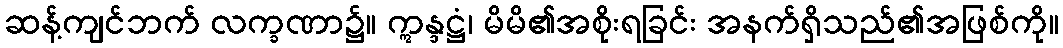
ဆန့်ကျင်ဘက် လက္ခဏာ၌။ ဣန္ဒဋ္ဌံ၊ မိမိ၏အစိုးရခြင်း အနက်ရှိသည်၏အဖြစ်ကို။